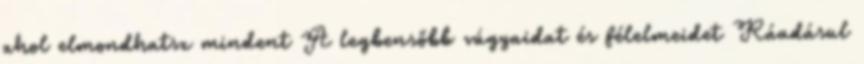
ahol elmondhatsz mindent A legbensőbb vágyaidat és félelmeidet Ráadásul